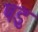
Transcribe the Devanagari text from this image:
षडु